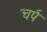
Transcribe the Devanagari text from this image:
चर्प